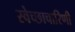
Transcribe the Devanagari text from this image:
स्वेच्छाचारिणी